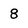
Character: 8